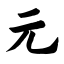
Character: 元